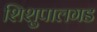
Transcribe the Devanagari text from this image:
शिशुपालगड